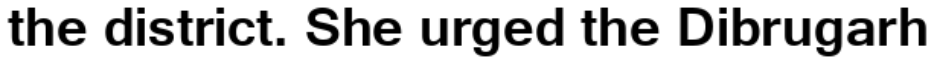
the district. She urged the Dibrugarh